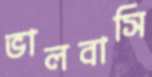
ভালবাসি